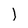
Character: I